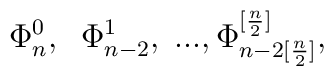
\Phi_n^0,\;\; \Phi_{n-2}^1,\;...,\Phi_{n-2[\frac{n}{2}]}^{[\frac{n}{2}]},